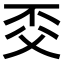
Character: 𠀱